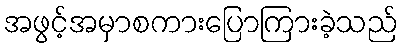
အဖွင့်အမှာစကားပြောကြားခဲ့သည်